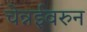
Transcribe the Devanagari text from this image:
चेन्नईवरुन